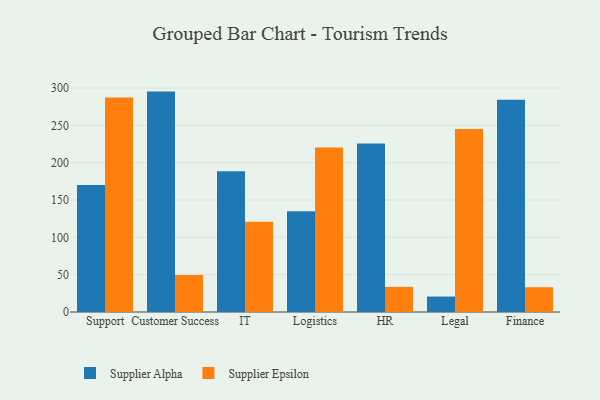
{"axis": {"x": "Department", "y": "Conversion Rate (%)"}, "legend": ["Supplier Alpha", "Supplier Epsilon"], "data": [{"x": "Support", "y": 170.2, "type": "Supplier Alpha"}, {"x": "Support", "y": 287.4, "type": "Supplier Epsilon"}, {"x": "Customer Success", "y": 295.2, "type": "Supplier Alpha"}, {"x": "Customer Success", "y": 49.5, "type": "Supplier Epsilon"}, {"x": "IT", "y": 188.4, "type": "Supplier Alpha"}, {"x": "IT", "y": 121.0, "type": "Supplier Epsilon"}, {"x": "Logistics", "y": 135.0, "type": "Supplier Alpha"}, {"x": "Logistics", "y": 220.2, "type": "Supplier Epsilon"}, {"x": "HR", "y": 225.7, "type": "Supplier Alpha"}, {"x": "HR", "y": 33.7, "type": "Supplier Epsilon"}, {"x": "Legal", "y": 20.7, "type": "Supplier Alpha"}, {"x": "Legal", "y": 245.1, "type": "Supplier Epsilon"}, {"x": "Finance", "y": 284.4, "type": "Supplier Alpha"}, {"x": "Finance", "y": 33.2, "type": "Supplier Epsilon"}]}